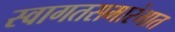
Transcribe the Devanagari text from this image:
स्वागतसमारंभात